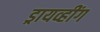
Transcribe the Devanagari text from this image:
ड्रायव्हींग